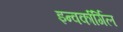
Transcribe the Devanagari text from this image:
इन्वर्कार्गिल